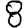
Digit: 8